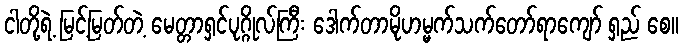
ငါတို့ရဲ့ မြင့်မြတ်တဲ့ မေတ္တာရှင်ပုဂ္ဂိုလ်ကြီး ဒေါက်တာမိုဟမ္မက်သက်တော်ရာကျော် ရှည် စေ။